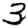
Digit: 3